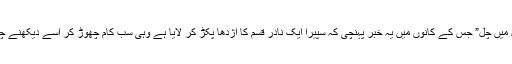
“تُو چل میں چل” جس کے کانوں میں یہ خبر پہنچی کہ سپیرا ایک نادر قسم کا اژدھا پکڑ کر لایا ہے وہی سب کام چھوڑ کر اسے دیکھنے چل پڑا ۔